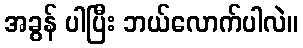
အခွန် ပါပြီး ဘယ်လောက်ပါလဲ။